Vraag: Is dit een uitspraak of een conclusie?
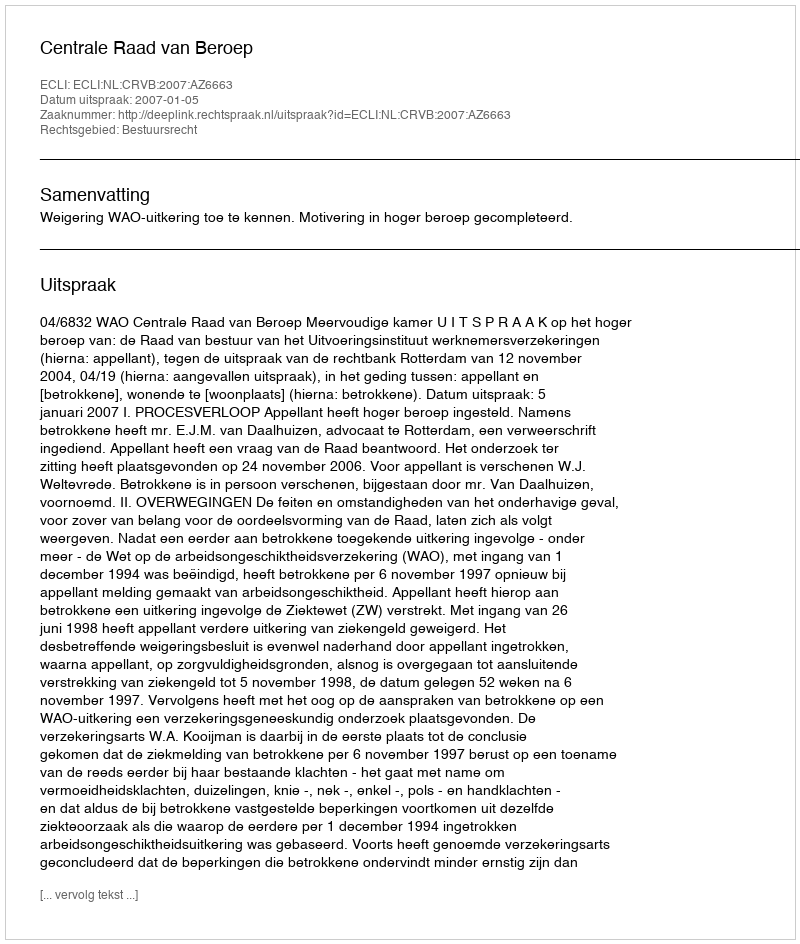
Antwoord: Uitspraak